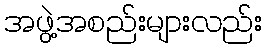
အဖွဲ့အစည်းများလည်း